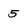
Character: 5